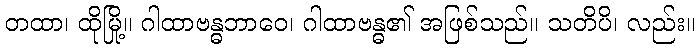
တထာ၊ ထိုမြို့။ ဂါထာဗန္ဓဘာဝေ၊ ဂါထာဗန္ဓ၏ အဖြစ်သည်။ သတိပိ၊ လည်း။